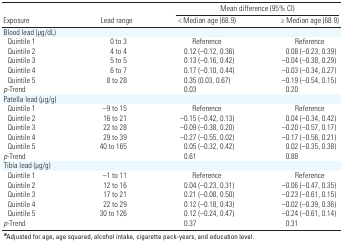
| <ROWSPAN=2> Exposure | <ROWSPAN=2> Lead range | <COLSPAN=2> Mean difference (95% CI) |
 | < Median age (68.9) | ≥ Median age (68.9) |
 | --- | --- | --- | --- |
 | Blood lead (μg/dL) |
 | Quintile 1 | 0 to 3 | Reference | Reference |
 | Quintile 2 | 4 to 4 | 0.12 (–0.12, 0.36) | 0.08 (–0.23, 0.39) |
 | Quintile 3 | 5 to 5 | 0.13 (–0.16, 0.42) | –0.04 (–0.38, 0.29) |
 | Quintile 4 | 6 to 7 | 0.17 (–0.10, 0.44) | –0.03 (–0.34, 0.27) |
 | Quintile 5 | 8 to 28 | 0.35 (0.03, 0.67) | –0.19 (–0.54, 0.15) |
 | p-Trend |  | 0.03 | 0.20 |
 | Patella lead (μg/g) |
 | Quintile 1 | –9 to 15 | Reference | Reference |
 | Quintile 2 | 16 to 21 | –0.15 (–0.42, 0.13) | 0.04 (–0.34, 0.42) |
 | Quintile 3 | 22 to 28 | –0.09 (–0.38, 0.20) | –0.20 (–0.57, 0.17) |
 | Quintile 4 | 29 to 39 | –0.27 (–0.55, 0.02) | –0.17 (–0.56, 0.21) |
 | Quintile 5 | 40 to 165 | 0.05 (–0.32, 0.42) | 0.02 (–0.35, 0.38) |
 | p-Trend |  | 0.61 | 0.88 |
 | Tibia lead (μg/g) |
 | Quintile 1 | –1 to 11 | Reference | Reference |
 | Quintile 2 | 12 to 16 | 0.04 (–0.23, 0.31) | –0.06 (–0.47, 0.35) |
 | Quintile 3 | 17 to 21 | 0.21 (–0.08, 0.50) | –0.23 (–0.61, 0.15) |
 | Quintile 4 | 22 to 29 | 0.12 (–0.18, 0.43) | –0.02 (–0.39, 0.36) |
 | Quintile 5 | 30 to 126 | 0.12 (–0.24, 0.47) | –0.24 (–0.61, 0.14) |
 | p-Trend |  | 0.37 | 0.31 |
 | <COLSPAN=4> aAdjusted for age, age squared, alcohol intake, cigarette pack-years, and education level. |